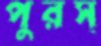
পুরস্